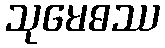
သုမေဓဿ